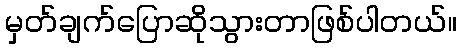
မှတ်ချက်ပြောဆိုသွားတာဖြစ်ပါတယ်။